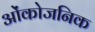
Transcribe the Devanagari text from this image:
ओंकोजनिक